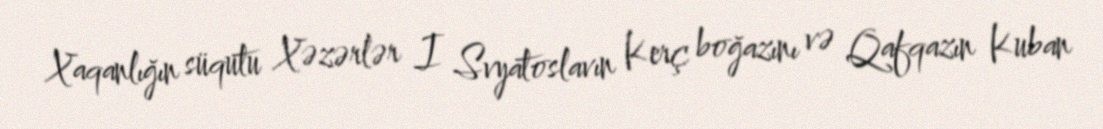
Xaqanlığın süqutu Xəzərlər I Svyatoslavın Kerç boğazını və Qafqazın Kuban